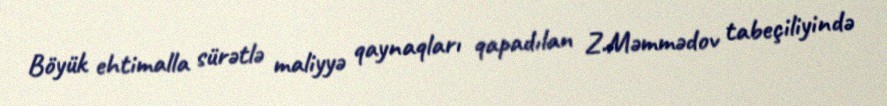
Böyük ehtimalla sürətlə maliyyə qaynaqları qapadılan Z.Məmmədov tabeçiliyində